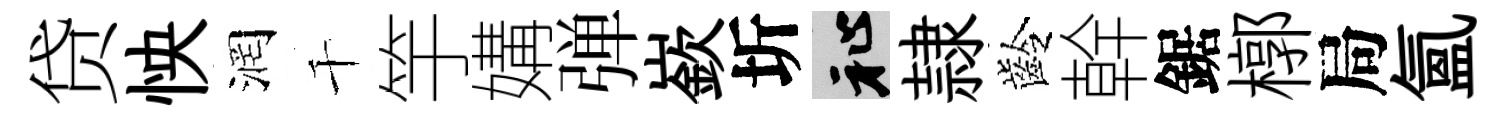
贷怏润千竽媾弹嶔圻祉隷齡幹鋸槨局氳